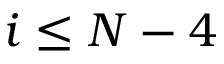
i \le N - 4